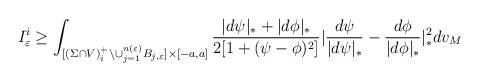
LaTeX: \begin{align*}I_{\varepsilon }^{i}\geq \int_{\lbrack (\Sigma \cap V)_{i}^{+}\backslash\cup _{j=1}^{n(\varepsilon )}B_{j,\varepsilon }]\times \lbrack -a,a]}\frac{|d\psi |_{\ast }+|d\phi |_{\ast }}{2[1+(\psi -\phi )^{2}]}|\frac{d\psi }{|d\psi |_{\ast }}-\frac{d\phi }{|d\phi |_{\ast }}|_{\ast }^{2}dv_{M}\end{align*}